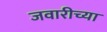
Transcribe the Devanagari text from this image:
जवारीच्या